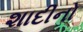
શાદીનો